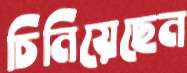
চিনিয়েছেন